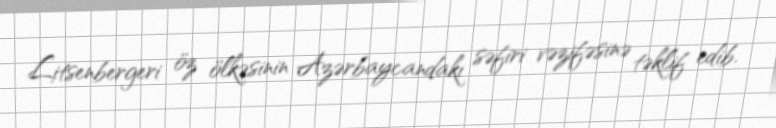
Litsenbergeri öz ölkəsinin Azərbaycandakı səfiri vəzifəsinə təklif edib.